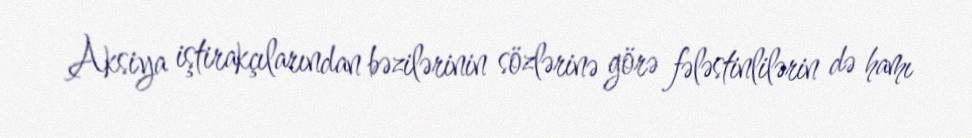
Aksiya iştirakçılarından bəzilərinin sözlərinə görə fələstinlilərin də hamı